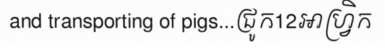
and transporting of pigs...ជ្រូក12អាហ្វ្រិក